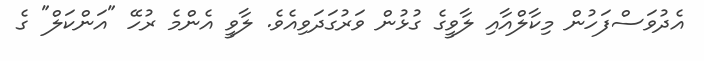
އެދުވަސްފަހުން މިކާލްއާއި ލާވީގެ ގުޅުން ވަރުގަދަވިއެވެ. ލާވީ އެންމެ ރުހޭ "އަންކަލް" ގެ